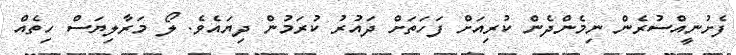
ފެށުނީއްސުރެން ނިމެންދެން ކުރިއަށް ފަހަތަށް ދައުރު ކުރަމުން ދިޔައެވެ. ލޯ މަރާލިޔަސް ހިތެއް